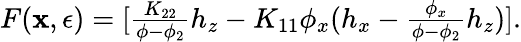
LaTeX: \begin{array}{r}{F(\mathbf{x},\epsilon)=[\frac{K_{22}}{\phi-\phi_{2}}h_{z}-K_{11}\phi_{x}(h_{x}-\frac{\phi_{x}}{\phi-\phi_{2}}h_{z})].}\end{array}